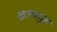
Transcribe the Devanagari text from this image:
कल्पगुरु